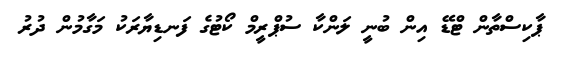
ޕާކިސްތާން ޓްޑޭ އިން ބުނީ ލަންކާ ސުޕްރީމް ކޯޓުގެ ފަނޑިޔާރަކު މަގާމުން ދުރު